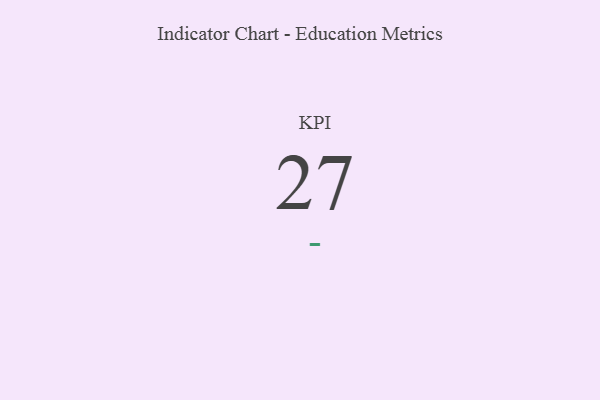
{"axis": {"x": "KPI", "y": "Value"}, "legend": [""], "data": [{"x": "KPI", "y": 27, "type": ""}]}